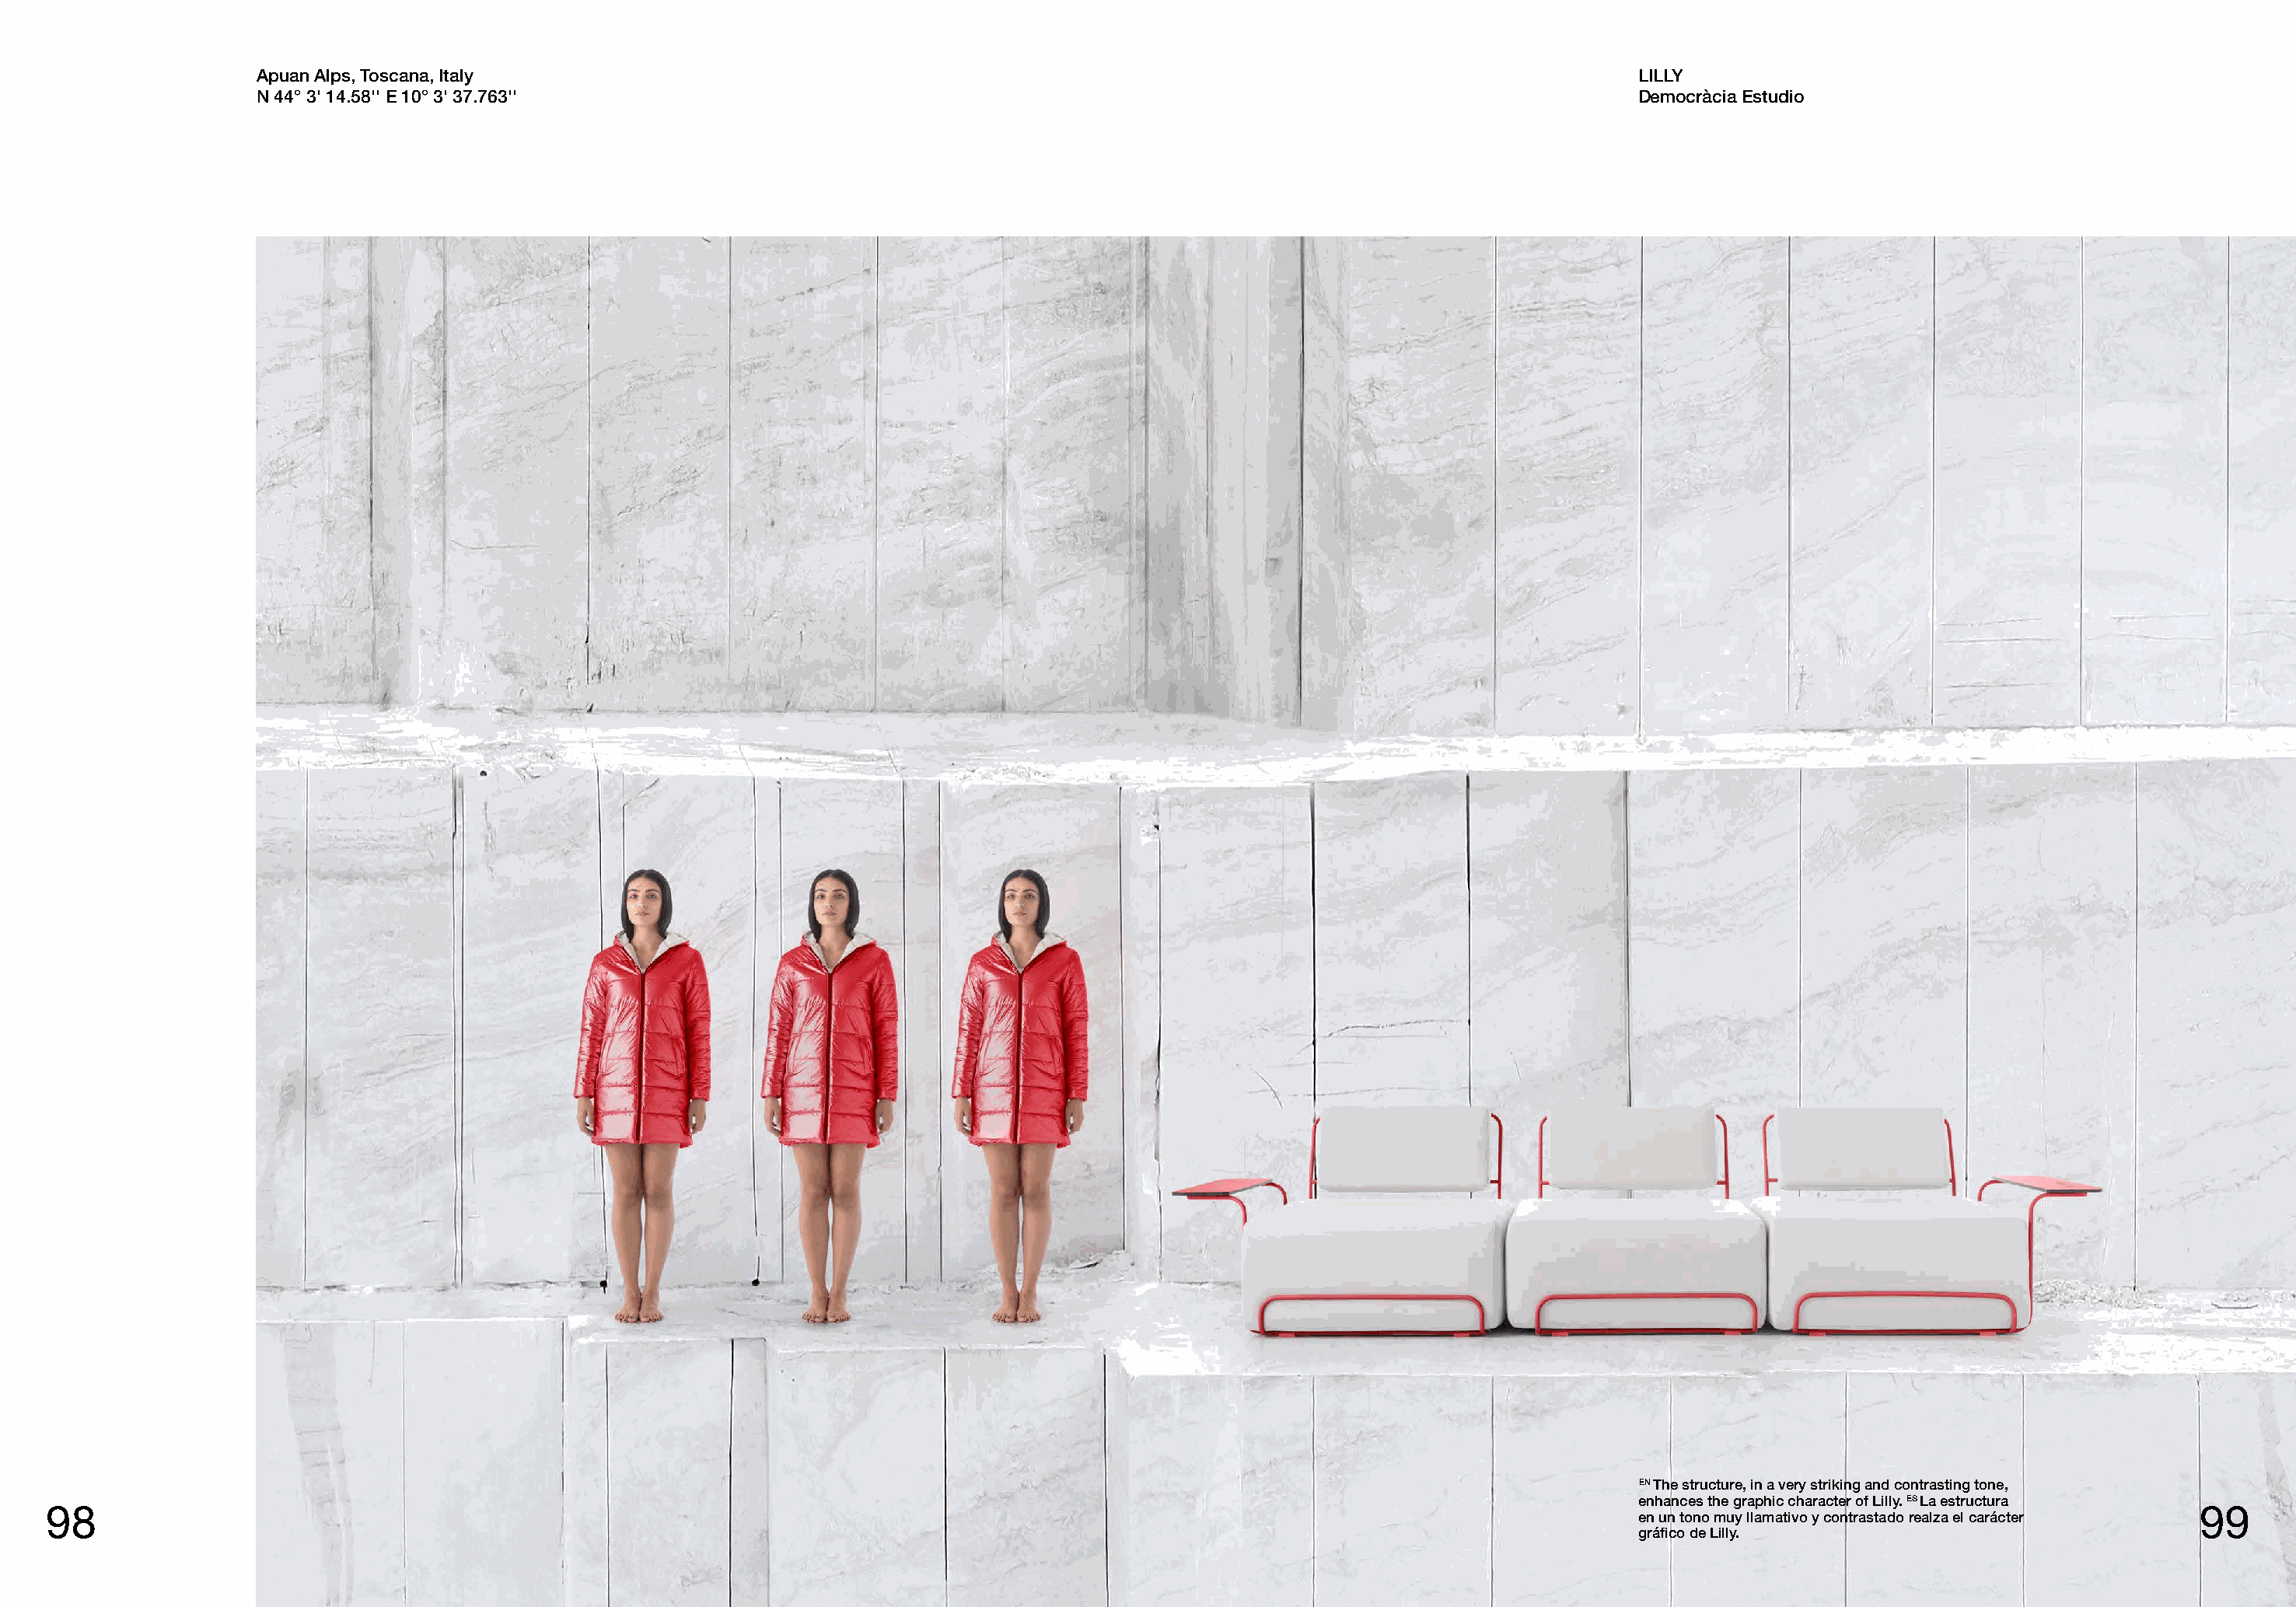
Apuan Alps, Toscana, Italy                                                                                           LILLY
 N 44° 3' 14.58'' E 10° 3' 37.763''                                                                                   Democràcia Estudio
 EN The structure, in a very striking and contrasting tone,
 enhances the graphic character of Lilly. ES La estructura
 98                                                                                                                                                                                     99
 en un tono muy llamativo y contrastado realza el carácter
 gráfico de Lilly.